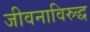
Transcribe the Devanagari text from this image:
जीवनाविरुद्ध